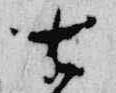
古